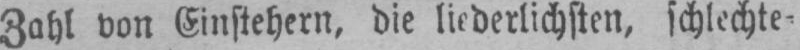
Zahl von Einstehern, die liederlichsten, schlechte⸗